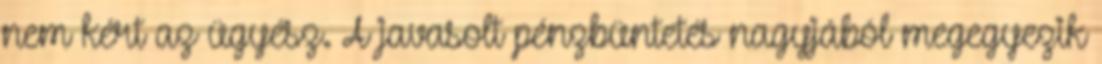
nem kért az ügyész. A javasolt pénzbüntetés nagyjából megegyezik